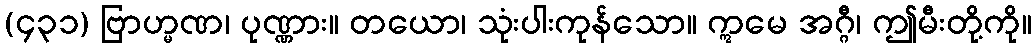
(၄၃၁) ဗြာဟ္မဏ၊ ပုဏ္ဏား။ တယော၊ သုံးပါးကုန်သော။ ဣမေ အဂ္ဂီ၊ ဤမီးတို့ကို။